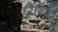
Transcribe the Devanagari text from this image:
रिंगित